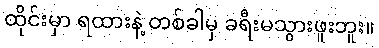
ထိုင်းမှာ ရထားနဲ့ တစ်ခါမှ ခရီးမသွားဖူးဘူး။